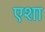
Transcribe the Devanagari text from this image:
एशा